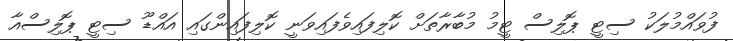
ފުވައްމުލަކު ސިޓީ ޕޮލިސް ޓީމު މުބާރާތަށް ކޮލިފައިވެފައިވަނީ ކޮލިފައިންގައި އައްޑޫ ސިޓީ ޕޮލިސްއާ